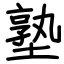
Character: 塾